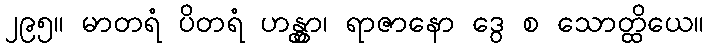
၂၉၅။ မာတရံ ပိတရံ ဟန္တွာ၊ ရာဇာနော ဒွေ စ သောတ္ထိယေ။